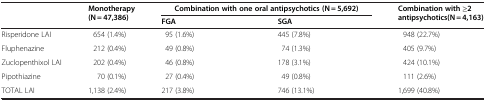
<table><thead><tr><td><b> </b></td><td><b>Monotherapy(N = 47,386)</b></td><td colspan="2"><b>Combination with one oral antipsychotics (N = 5,692)</b></td><td><b>Combination with ≥2 antipsychotics(N = 4,163)</b></td></tr><tr><td><b> </b></td><td><b> </b></td><td><b>FGA</b></td><td><b>SGA</b></td><td><b> </b></td></tr></thead><tbody><tr><td>Risperidone LAI</td><td>654 (1.4%)</td><td>95 (1.6%)</td><td>445 (7.8%)</td><td>948 (22.7%)</td></tr><tr><td>Fluphenazine</td><td>212 (0.4%)</td><td>49 (0.8%)</td><td>74 (1.3%)</td><td>405 (9.7%)</td></tr><tr><td>Zuclopenthixol LAI</td><td>202 (0.4%)</td><td>46 (0.8%)</td><td>178 (3.1%)</td><td>424 (10.1%)</td></tr><tr><td>Pipothiazine</td><td>70 (0.1%)</td><td>27 (0.4%)</td><td>49 (0.8%)</td><td>111 (2.6%)</td></tr><tr><td>TOTAL LAI</td><td>1,138 (2.4%)</td><td>217 (3.8%)</td><td>746 (13.1%)</td><td>1,699 (40.8%)</td></tr></tbody></table>